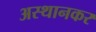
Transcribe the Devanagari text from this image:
अस्थानकर